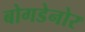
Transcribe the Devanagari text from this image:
बोगडेनोर